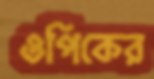
ওপিকের